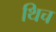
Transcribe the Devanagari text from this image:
थिच